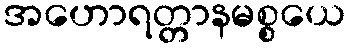
အဟောရတ္တာနမစ္စယေ